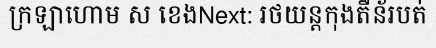
ក្រឡាហោម ស ខេងNext: រថយន្តកុងតឺន័របត់